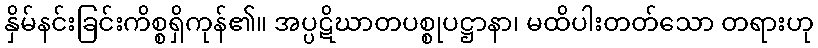
နှိမ်နင်းခြင်းကိစ္စရှိကုန်၏။ အပ္ပဋိဃာတပစ္စုပဋ္ဌာနာ၊ မထိပါးတတ်သော တရားဟု